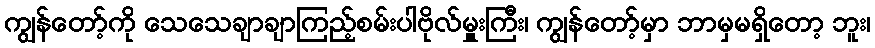
ကျွန်တော့်ကို သေသေချာချာကြည့်စမ်းပါဗိုလ်မှူးကြီး၊ ကျွန်တော့်မှာ ဘာမှမရှိတော့ ဘူး၊